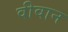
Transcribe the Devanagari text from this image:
वीवान